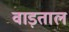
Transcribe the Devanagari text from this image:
वाड़ताल